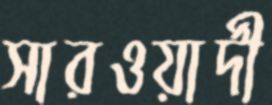
সারওয়ার্দী